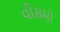
વીસમો